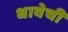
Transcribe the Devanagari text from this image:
धावेची